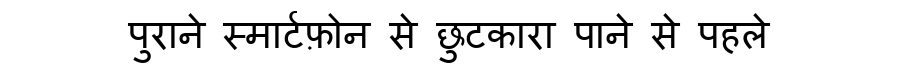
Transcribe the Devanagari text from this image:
पुराने स्मार्टफ़ोन से छुटकारा पाने से पहले